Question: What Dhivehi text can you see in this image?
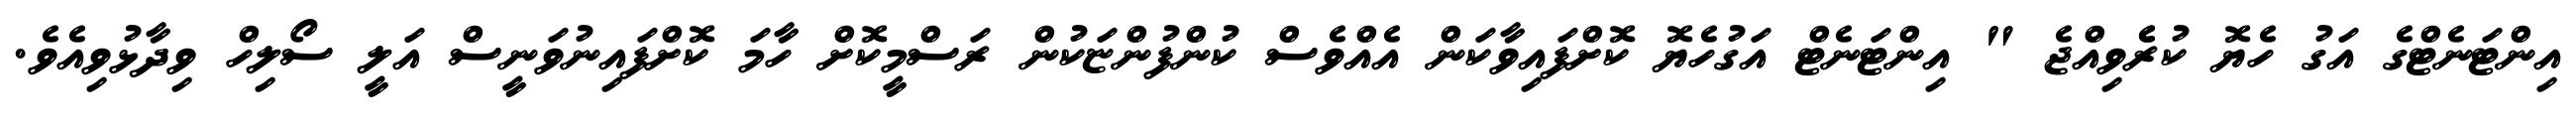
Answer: އިންޓަނެޓްގެ އަގު ހެޔޮ ކުރެެވިއްޖެ " އިންޓަނެޓް އަގުހެޔޮ ކޮށްފައިވާކަން އެއްވެސް ކުންފުންޏަކުން ރަސްމީކޮށް ހާމަ ކޮށްފައިނުވަނީސް އަލީ ސޯލިހް ވިދާޅުވިއެވެ.